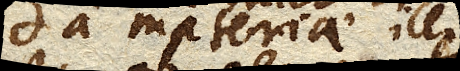
a materiae illius